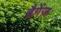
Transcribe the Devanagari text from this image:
ब्रैगेंज़